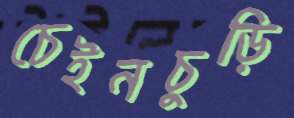
চেইনচুড়ি